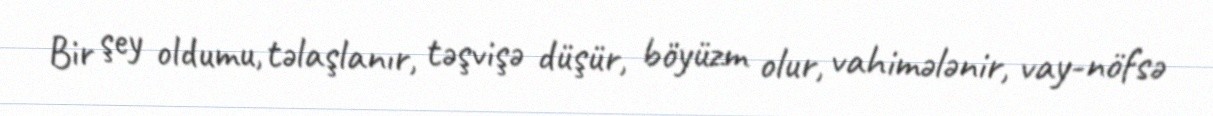
Bir şey oldumu, təlaşlanır, təşvişə düşür, böyüzm olur, vahimələnir, vay-nöfsə